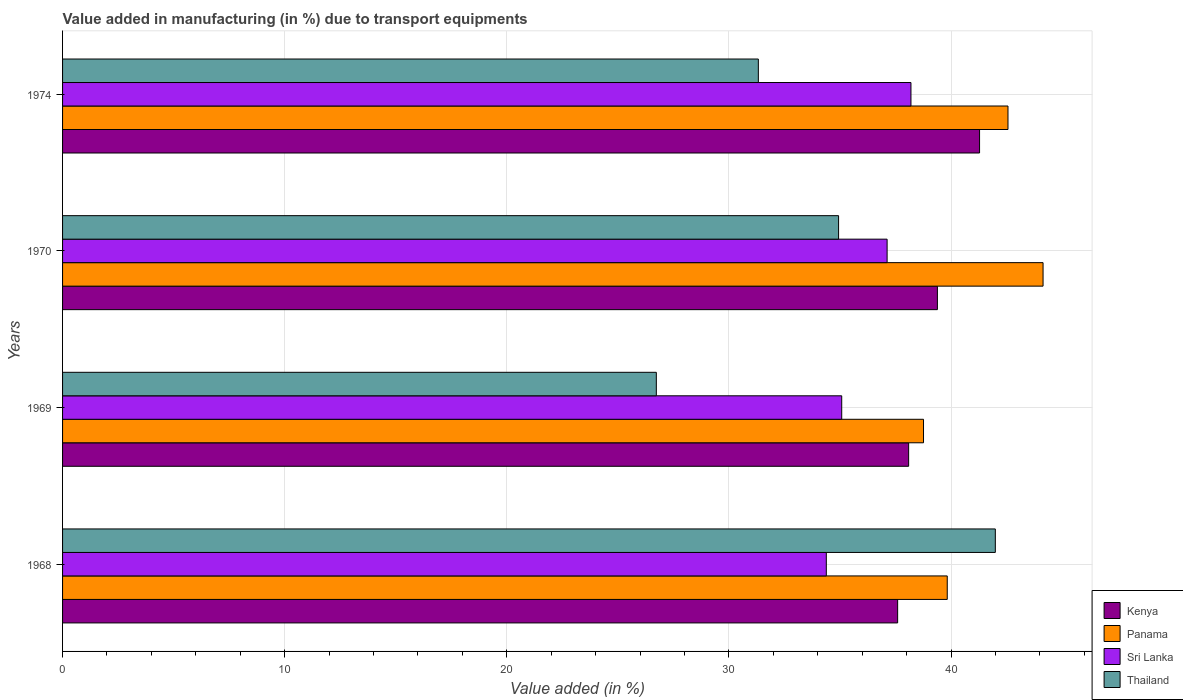
| Years | Kenya | Panama | Sri Lanka | Thailand |
 | --- | --- | --- | --- | --- |
 | 1968 | 37.6 | 39.8 | 34.4 | 42 |
 | 1969 | 38.1 | 38.8 | 35.1 | 26.7 |
 | 1970 | 39.4 | 44.1 | 37.1 | 34.9 |
 | 1974 | 41.3 | 42.6 | 38.2 | 31.3 |